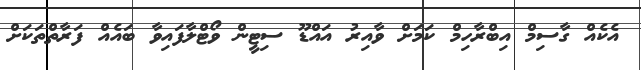
އެކެއް ގާސިމް އިބްރާހިމް ކަމަށް ވާއިރު އައްޑޫ ސިޓީން ވޯޓްލާފައިވާ ބައެއް ފަރާތްތަކަށް